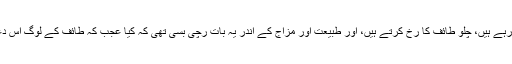
گویا ایک تجزیہ کیا، جائزہ لیا، اور پھر آپؐ نے طے کیا کہ مکہ کے لوگ تو بات قبول ہی نہیں کرپا رہے ہیں، چلو طائف کا رُخ کرتے ہیں، اور طبیعت اور مزاج کے اندر یہ بات رچی بسی تھی کہ کیا عجب کہ طائف کے لوگ اس دعوت کو قبول کرلیں، اور یہ دعوت محض نظریاتی اور لفظوں کا پھیر نہ رہے بلکہ سلطنت بن جائے۔